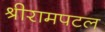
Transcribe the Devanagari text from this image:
श्रीरामपटल